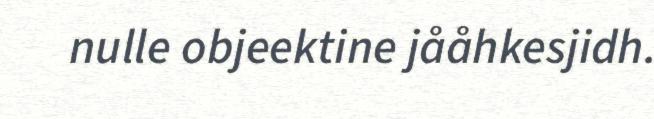
nulle objeektine jååhkesjidh.